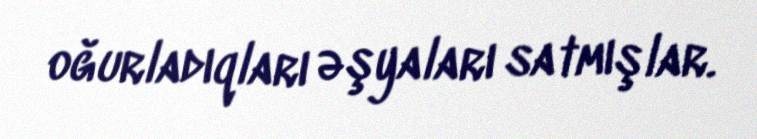
oğurladıqları əşyaları satmışlar.